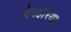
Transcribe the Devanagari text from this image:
देवहरिया